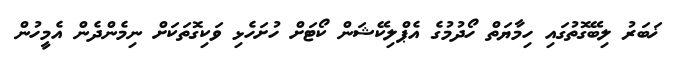
ޚަބަރު ލިބޭގޮތުގައި ހިމާޔަތް ހޯދުމުގެ އެޕްލިކޭޝަން ކޯޓަށް ހުށަހެޅި ވަކިގޮތަކަށް ނިމެންދެން އެމީހުން